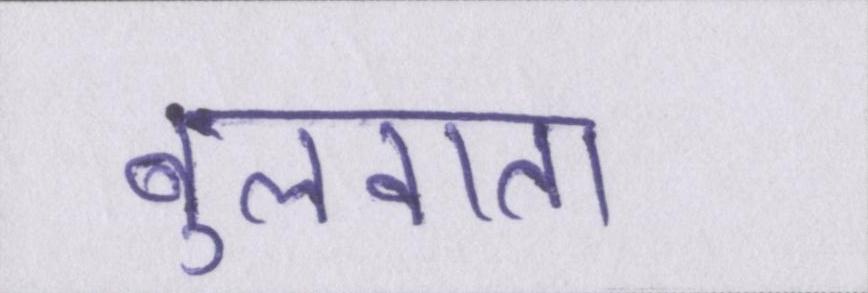
बुलवाता